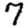
Digit: 7